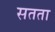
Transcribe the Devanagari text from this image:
सतता